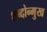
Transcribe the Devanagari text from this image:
शब्दोन्मुख